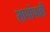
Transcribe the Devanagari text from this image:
सापांचाही